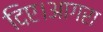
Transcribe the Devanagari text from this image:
दिए।आगरा